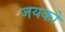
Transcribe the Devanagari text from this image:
जयको